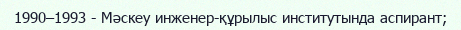
1990–1993 - Мәскеу инженер-құрылыс институтында аспирант;